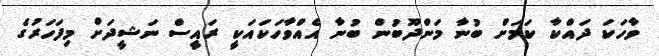
ވާހަކަ ދައްކާ ކަމަށް ބުނާ މަންދޫބުން ބުނާ އެއްވާހަކައަކީ ރައީސް ނަޝީދަށް މިފަހަރުގެ